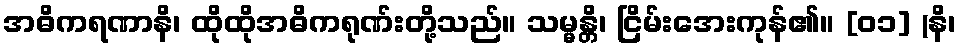
အဓိကရဏာနိ၊ ထိုထိုအဓိကရုဏ်းတို့သည်။ သမ္မန္တိ၊ ငြိမ်းအေးကုန်၏။ [၀၁] (နိ၊